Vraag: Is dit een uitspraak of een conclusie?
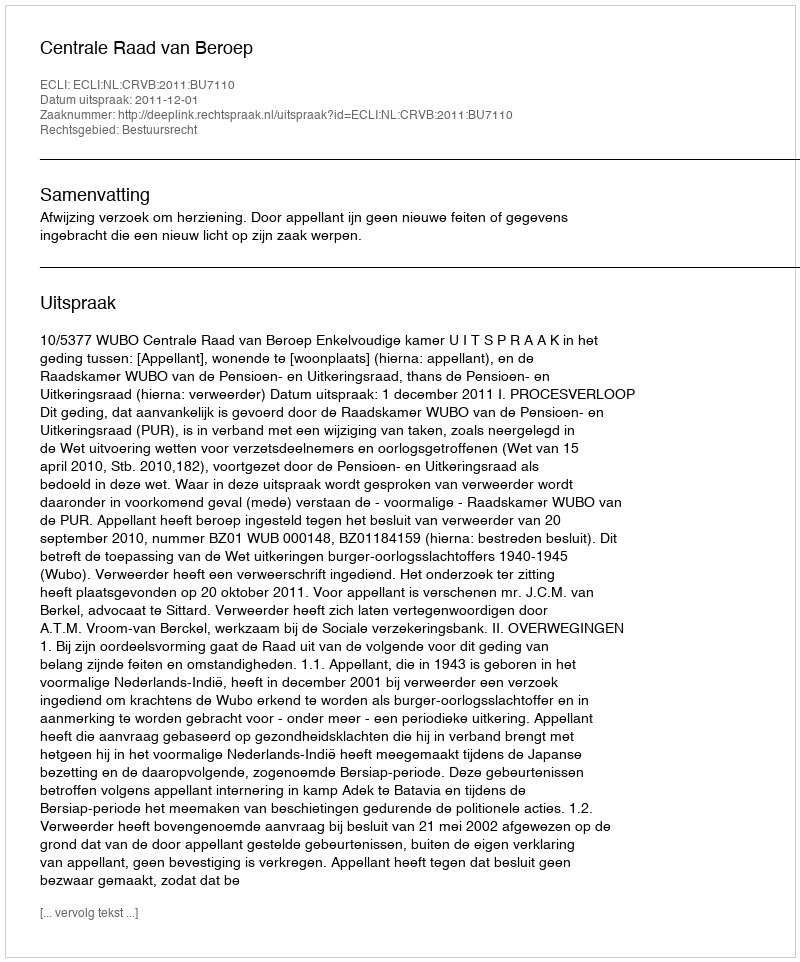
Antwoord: Uitspraak